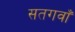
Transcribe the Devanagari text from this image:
सतगवाँ